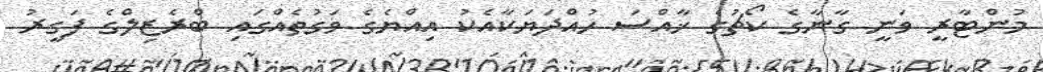
މުންޓާރީ ވަނީ ގާނާގެ ކޯޗުގެ ޚާއްސަ ހުއްދަޔަކާއެކު އިއްޔެގެ ވަގުތެއްގައި ބްރެޒިލްގެ ފަގީރު